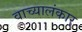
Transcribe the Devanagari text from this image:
वाच्यालंकार